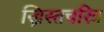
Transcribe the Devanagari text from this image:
ख्रिस्तचरित्र